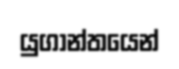
යුගාන්තයෙන්